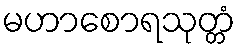
မဟာစောရသုတ္တံ